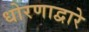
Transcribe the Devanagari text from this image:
धोरणाद्वारे